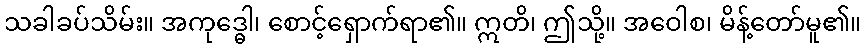
သခါခပ်သိမ်း။ အကုဒ္ဓေါ၊ စောင့်ရှောက်ရာ၏။ ဣတိ၊ ဤသို့။ အဝေါစ၊ မိန့်တော်မူ၏။